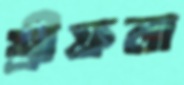
শ্রীফলা